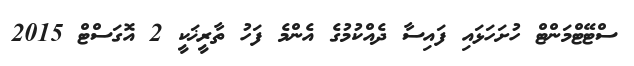
ސްޓޭޓްމަންޓް ހުށަހަޅައި ފައިސާ ދެއްކުމުގެ އެންމެ ފަހު ތާރީޚަކީ 2 އޮގަސްޓް 2015